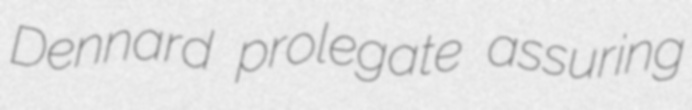
Dennard prolegate assuring